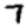
Digit: 7